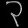
Digit: ၃